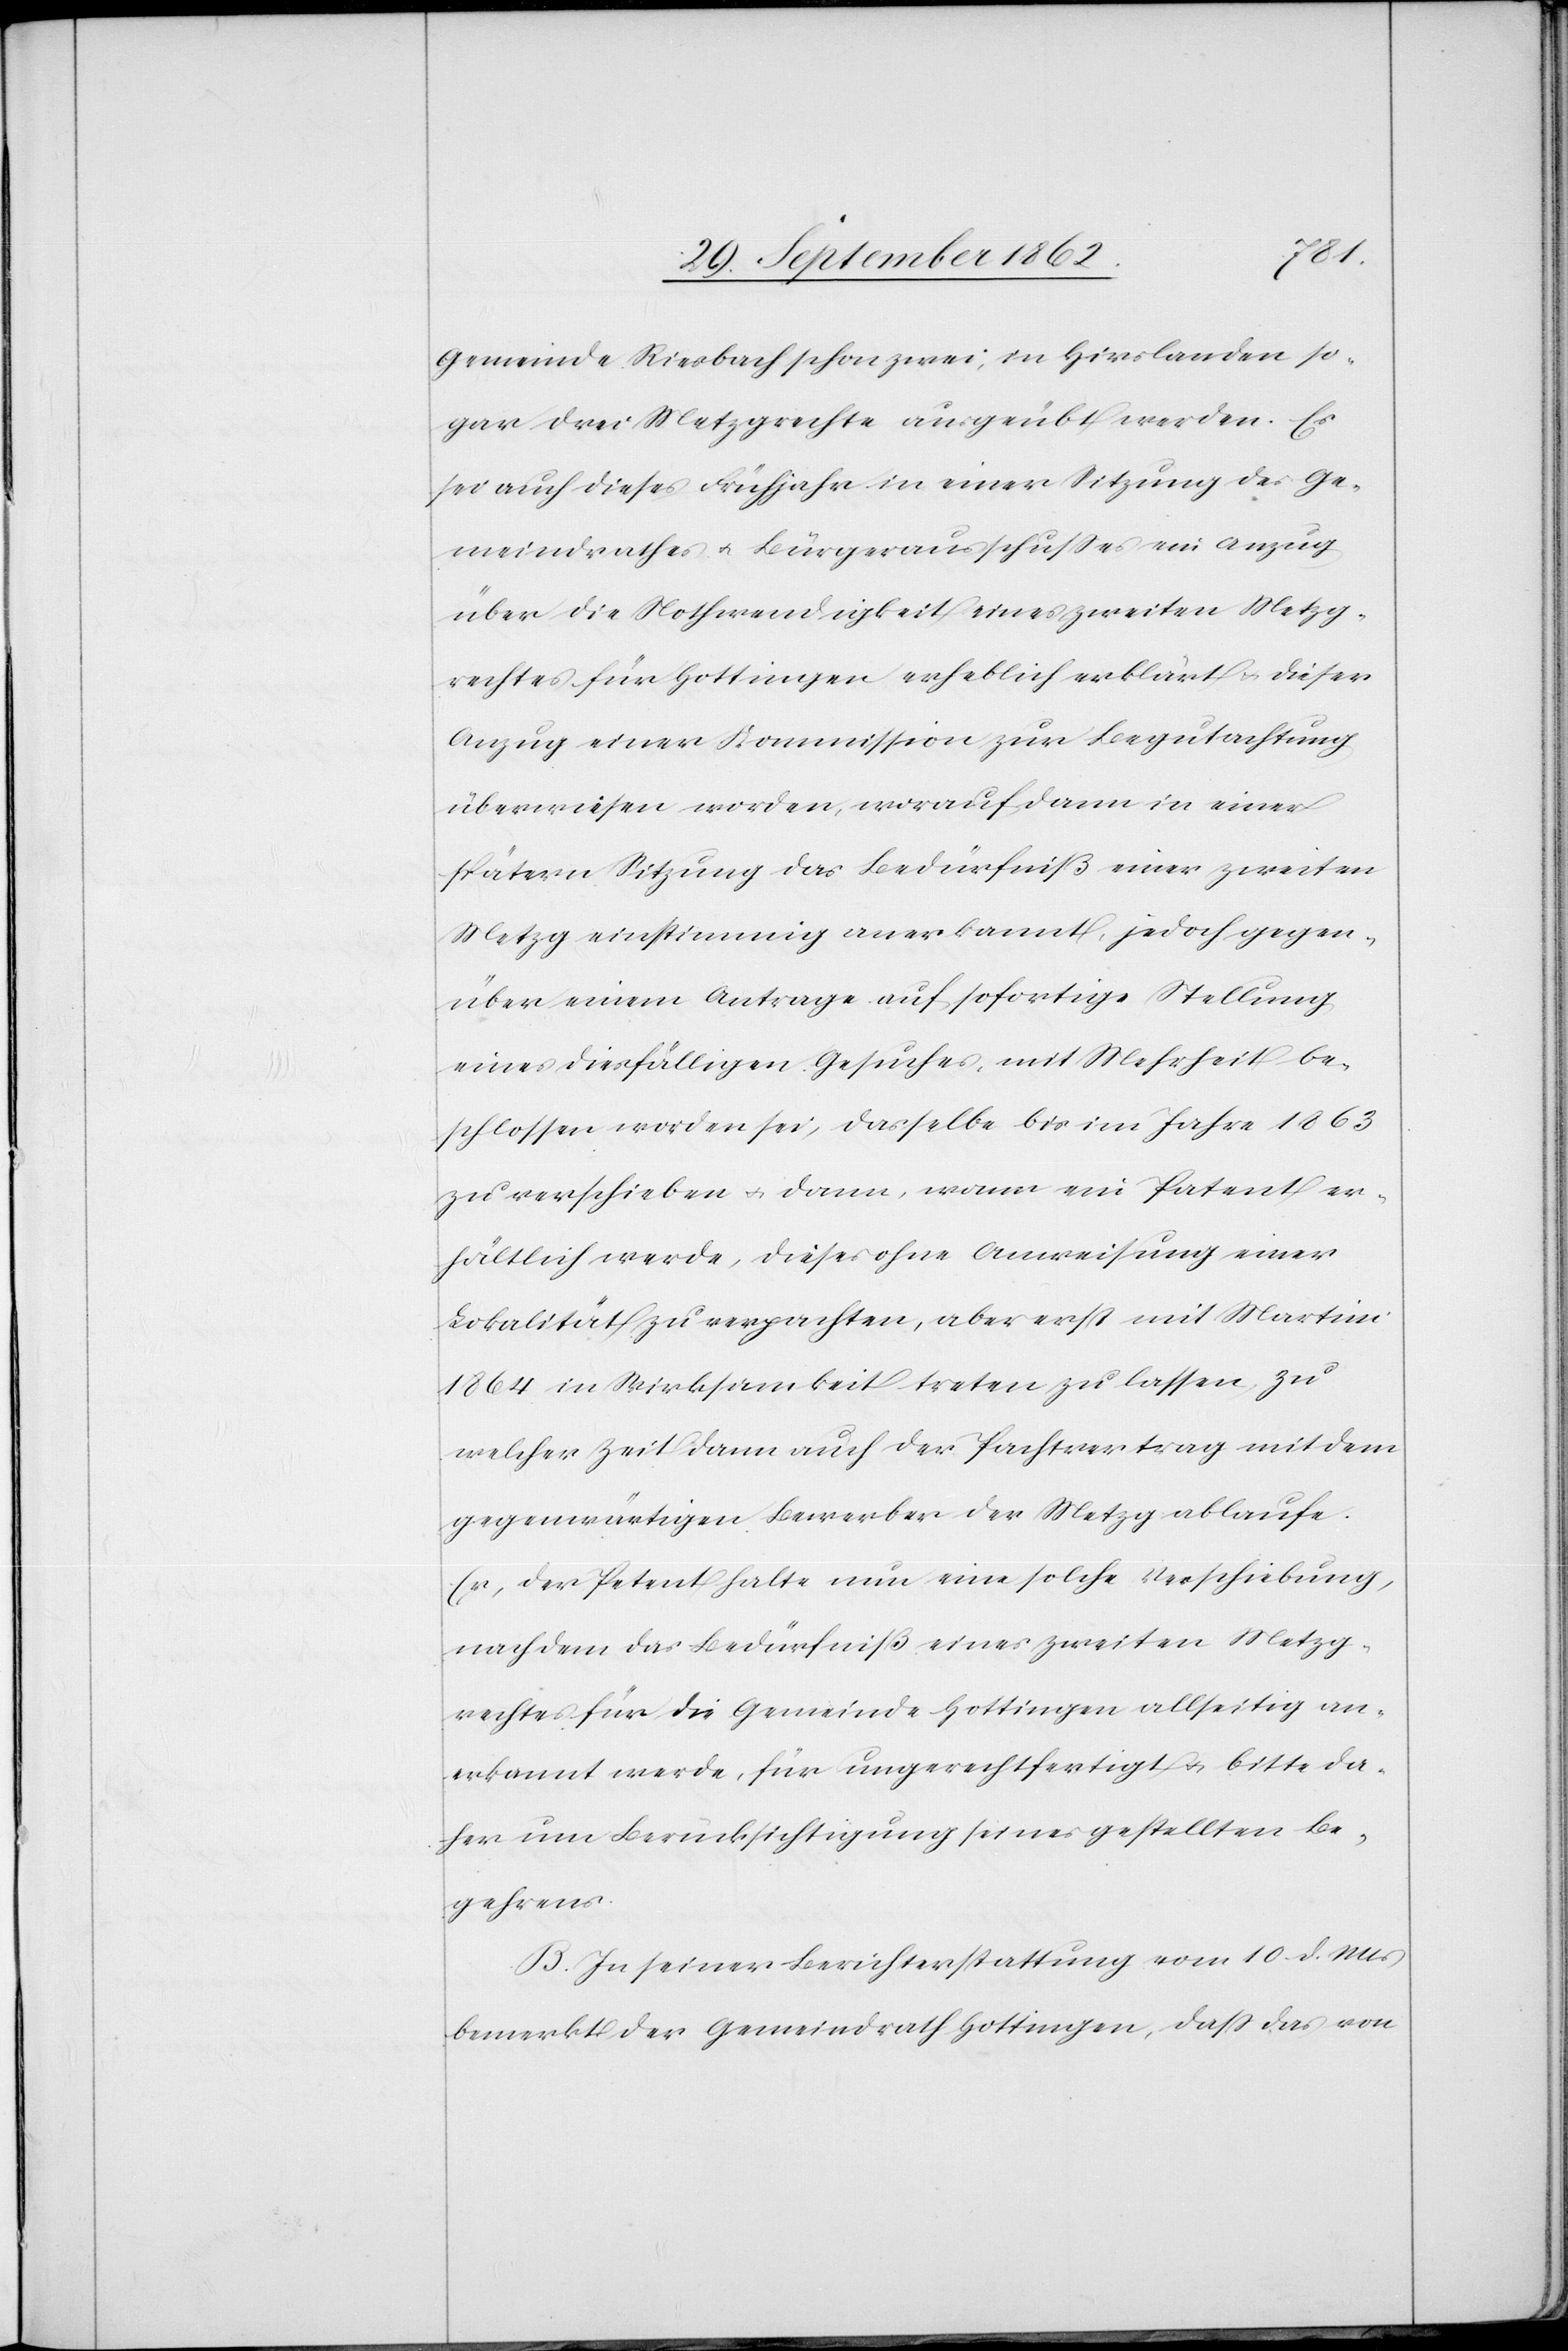
Gemeinde Riesbach schon zwei, in Hirslanden so¬
gar drei Metzgrechte ausgeübt werden. Es
sei auch dieses Frühjahr in einer Sitzung des Ge¬
meindrathes u. Bürgerausschußes ein Anzug
über die Nothwendigkeit eines zweiten Metzg¬
rechtes für Hottingen erheblich erklärt u. dieser
Anzug einer Kommission zur Begutachtung
überwiesen worden, worauf dann in einer
spätern Sitzung das Bedürfniß einer zweiten
Metzg einstimmig anerkannt, jedoch gegen¬
über einem Antrage auf sofortige Stellung
eines diesfälligen Gesuches, mit Mehrheit be¬
schlossen worden sei, dasselbe bis im Jahr 1863
zu verschieben u. dann, wann ein Patent er¬
hältlich werde, dieses ohne Anweisung einer
Lokalität zu verpachten, aber erst mit Martini
1864 in Wirksamkeit treten zu lassen, zu
welcher Zeit dann auch der Pachtvertrag mit dem
gegenwärtigen Bewerber der Metzg ablaufe.
Er, der Petent halte nun eine solche Verschiebung,
nachdem das Bedürfniß eines zweiten Metzg¬
rechtes für die Gemeinde Hottingen allseitig an¬
erkannt werde, für ungerechtfertigt u. bitte da¬
her um Berücksichtigung seines gestellten Be¬
gehrens.
B. In seiner Berichterstattung vom 10. d. Mts.
bemerkt der Gemeindrath Hottingen, daß das von